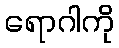
ရောဂါကို